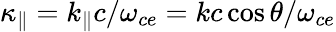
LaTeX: \kappa_{\| }=k_{\| }c/\omega_{ce}=kc\cos\theta/\omega_{ce}